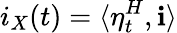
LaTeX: i_{X}(t)=\langle\eta_{t}^{H},\mathbf{i}\rangle